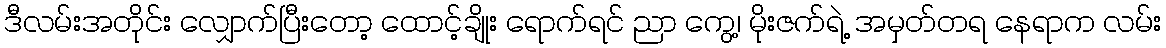
ဒီလမ်းအတိုင်း လျှောက်ပြီးတော့ ထောင့်ချိုး ရောက်ရင် ညာ ကွေ့၊ မိုးဇက်ရဲ့ အမှတ်တရ နေရာက လမ်း